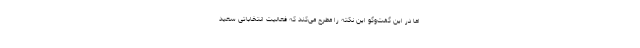
اما در این گفت‌وگو این نکته را مطرح می‌کند که فعالیت انتخاباتی سعید